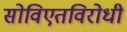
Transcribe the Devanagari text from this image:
सोविएतविरोधी